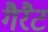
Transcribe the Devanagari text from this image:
गैरैट